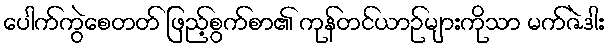
ပေါက်ကွဲစေတတ် ဖြည့်စွက်စာ၏ ကုန်တင်ယာဉ်များကိုသာ မက်ဇဲဒါး